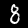
Label: 8